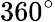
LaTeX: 360^{\circ}